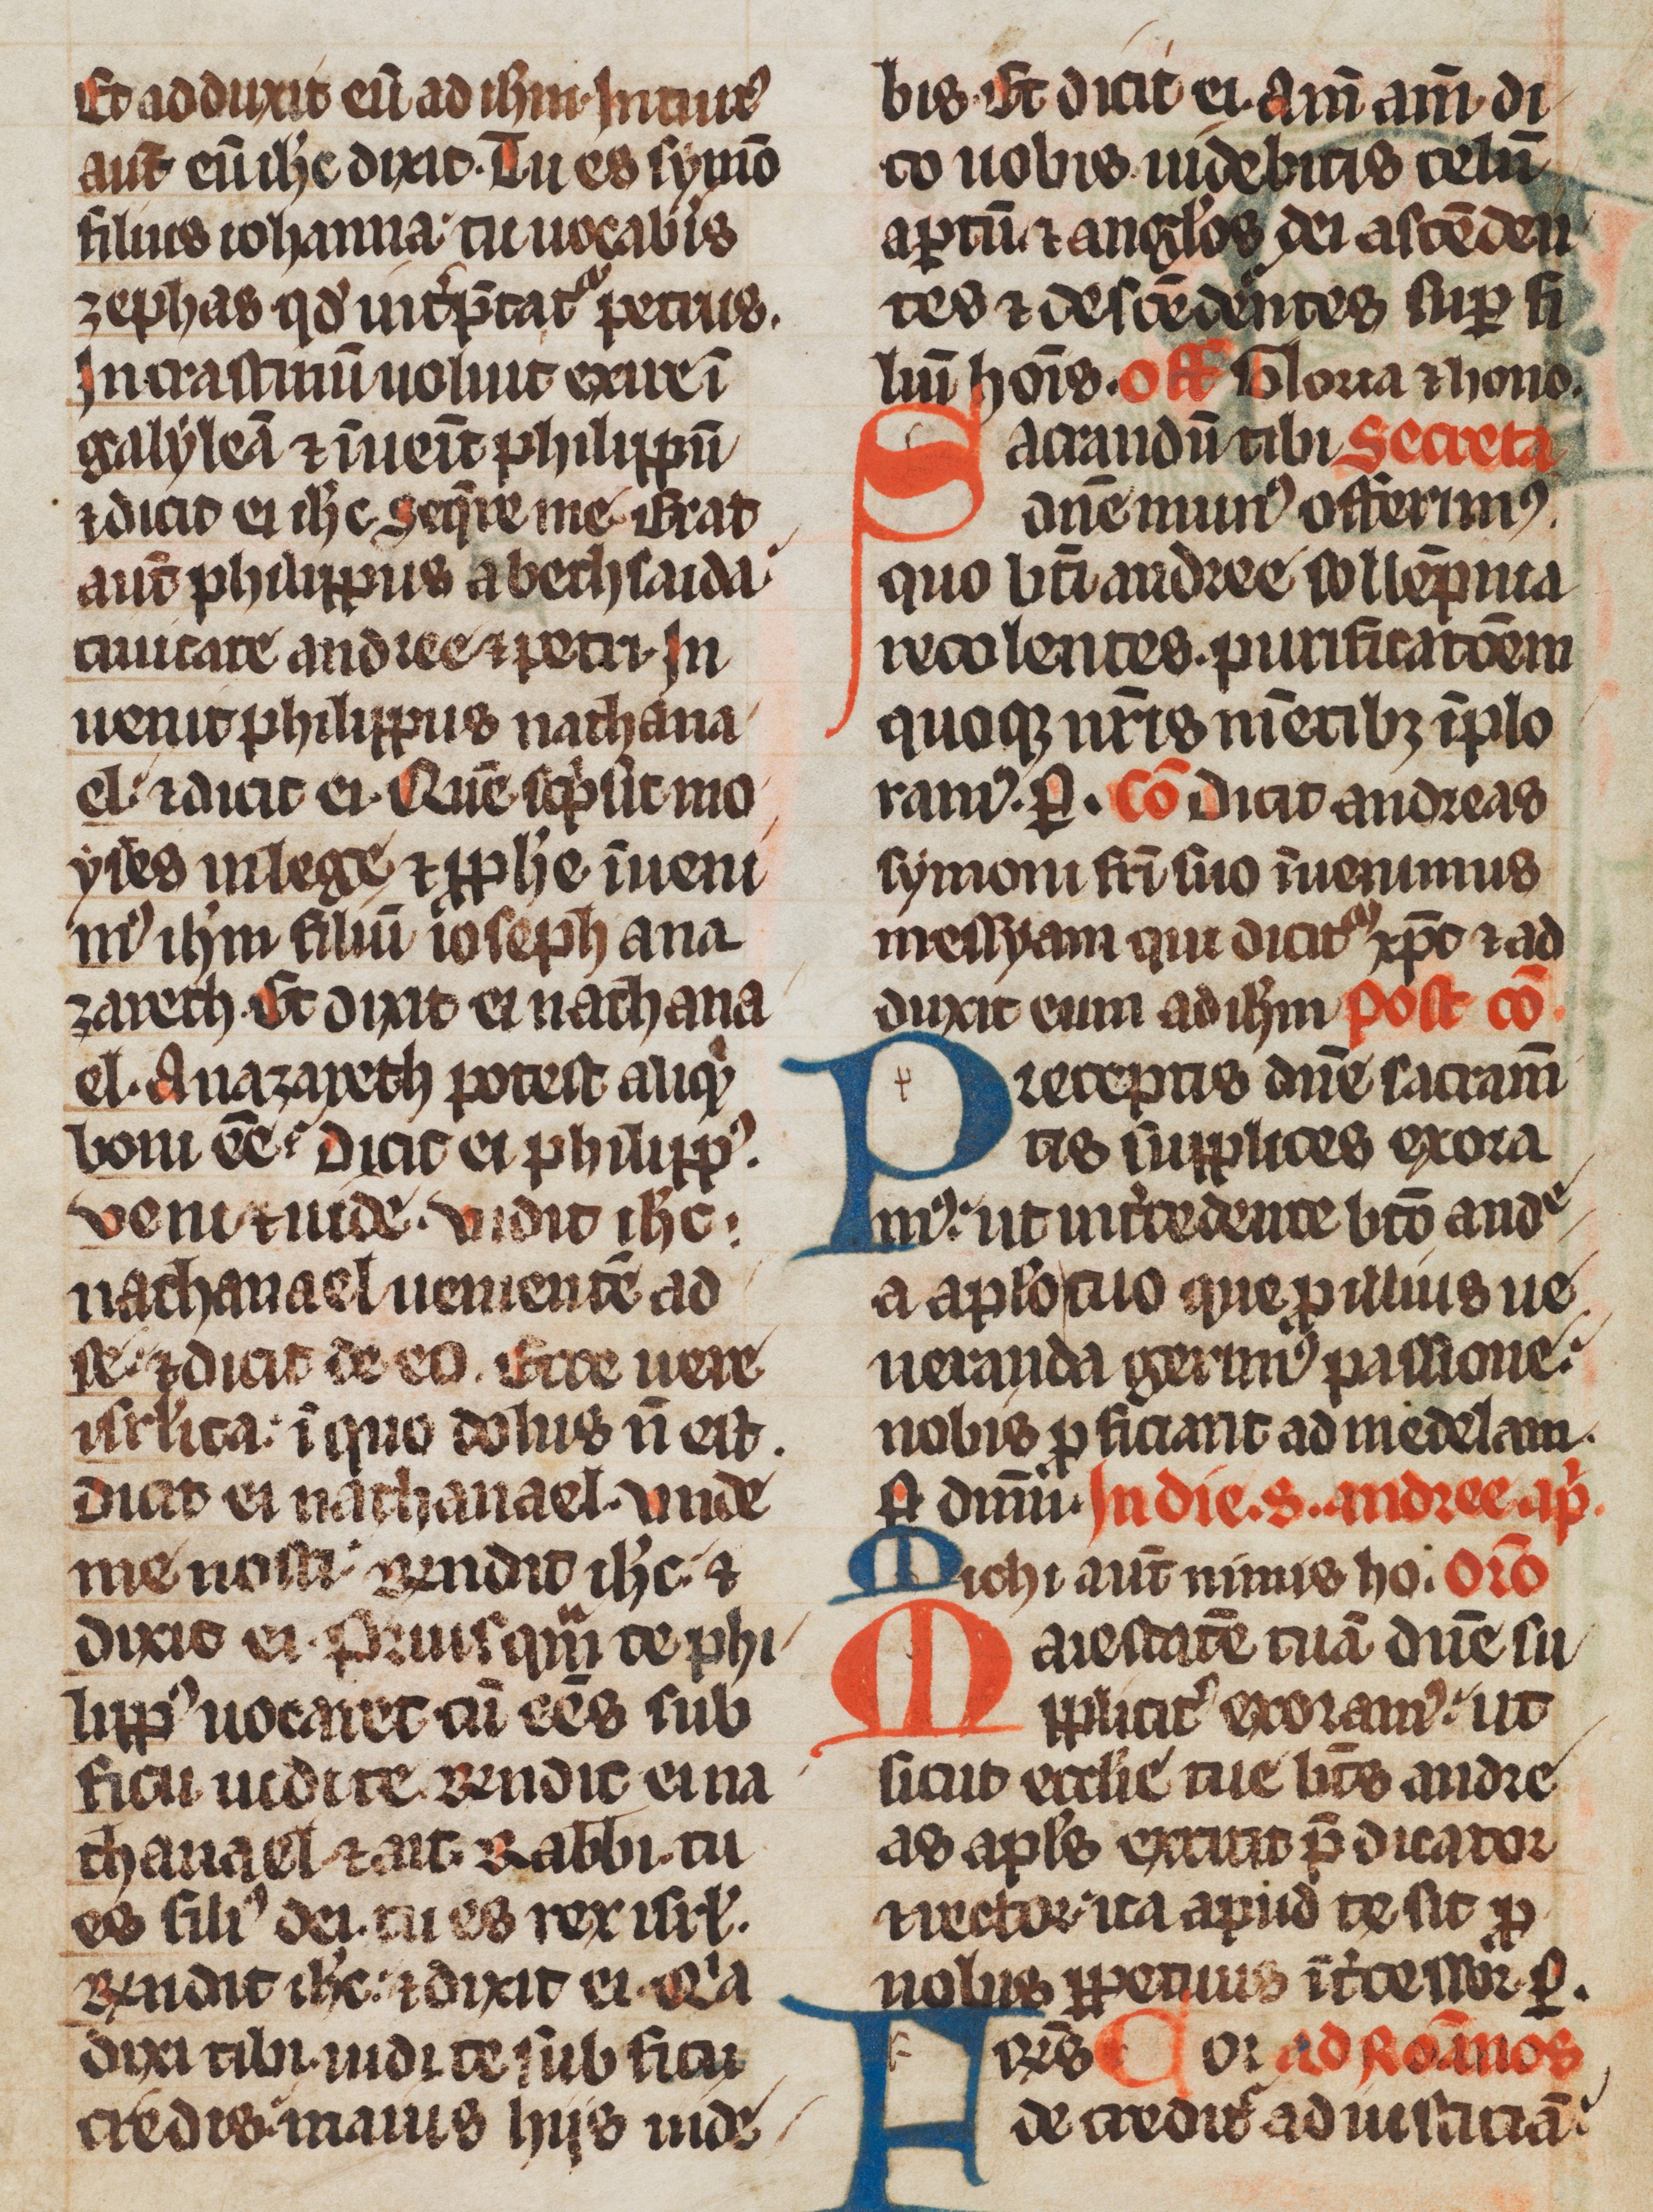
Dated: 1285–1315